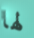
لها